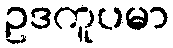
ဥဒကူပမာ